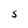
Character: S